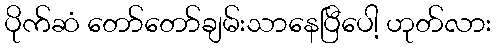
ပိုက်ဆံ တော်တော်ချမ်းသာနေပြီပေါ့ ဟုတ်လား